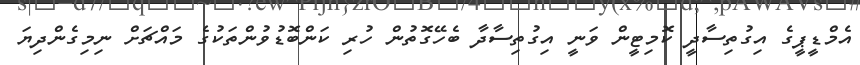
އެމްޑީޕީގެ އިގުތިސާދީ ކޮމިޓީން ވަނީ އިގުތިސާދާ ބެހޭގޮތުން ހުރި ކަންބޮޑުވުންތަކުގެ މައްޗަށް ނިމިގެންދިޔަ